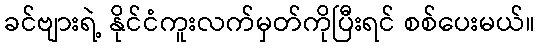
ခင်ဗျားရဲ့ နိုင်ငံကူးလက်မှတ်ကိုပြီးရင် စစ်ပေးမယ်။